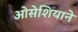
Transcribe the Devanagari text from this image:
ओसेशियाने